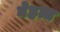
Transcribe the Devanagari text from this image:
बेहत्त